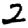
Digit: 2